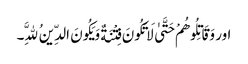
اور وَقَاتِلُوهُمْ حَتَّیٰ لَا تَکُونَ فِتْنَةٌ وَیَکُونَ الدِّینُ لِلَّهِ۔